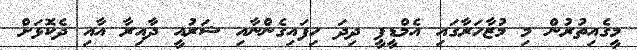
މީގެއިތުރުން މި މުޒާހަރާގައި އެމްޑީޕީ ދިދަ ހިފައިގެންނާއި ޝަރުއީ ދާއިރާ އާއި ދެކޮޅަށް